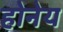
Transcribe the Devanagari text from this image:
होनेय